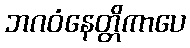
ဘဂဝံနေတ္တိကာပေ